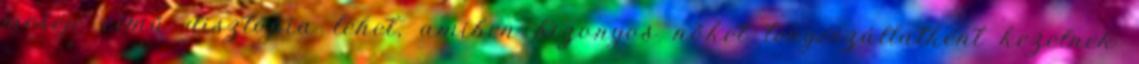
meséje című disztópia lehet, amiben bizonyos nőket tenyészállatként kezelnek